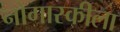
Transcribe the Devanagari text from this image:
नोगास्कीला